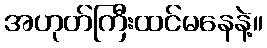
အဟုတ်ကြီးထင်မနေနဲ့။